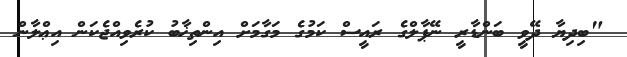
"ބިދިޔާ ދޭވީ ބަންޑާރީ ނޭޕާލްގެ ރައީސް ކަމުގެ މަގާމަށް އިންތިޚާބު ކުރެވިއްޖެކަން އިޢްލާން